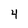
Character: 4